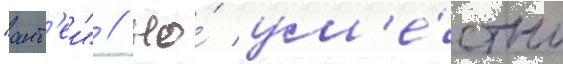
"ант'еи" // Но́ ум'е́стно